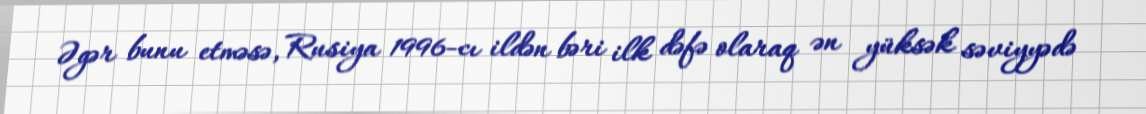
Əgər bunu etməsə, Rusiya 1996-cı ildən bəri ilk dəfə olaraq ən yüksək səviyyədə